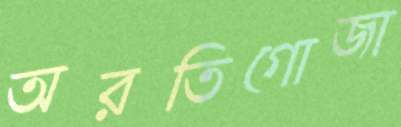
অরতিগোজা